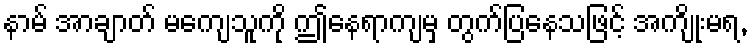
နာမ် အာချာတ် မကျေသူကို ဤနေရာကျမှ တွက်ပြနေသဖြင့် အကျိုးမရ,